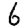
Digit: 6